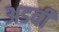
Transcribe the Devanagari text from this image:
अडवी